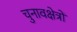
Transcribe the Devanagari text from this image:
चुनावक्षेत्रों